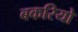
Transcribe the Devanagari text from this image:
बकरियो